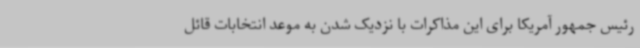
رئیس جمهور آمریکا برای این مذاکرات با نزدیک شدن به موعد انتخابات قائل